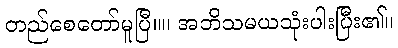
တည်စေတော်မူပြီ။။ အဘိသမယသုံးပါးပြီး၏။